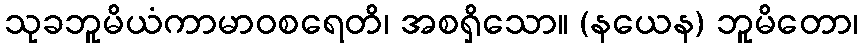
သုခဘူမိယံကာမာဝစရေတိ၊ အစရှိသော။ (နယေန) ဘူမိတော၊